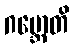
ဂဗ္ဘောတိ